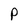
Character: P